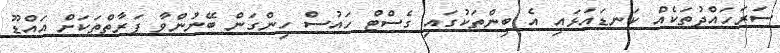
ސަރަހައްދުތަކެއް ކަނޑައަޅައި އެ ބިންތަކުގައި ގެސްޓް ހައުސް ހިންގަން ބޭނުންވާ ފަރާތްތަކަށް އައްޑޫ